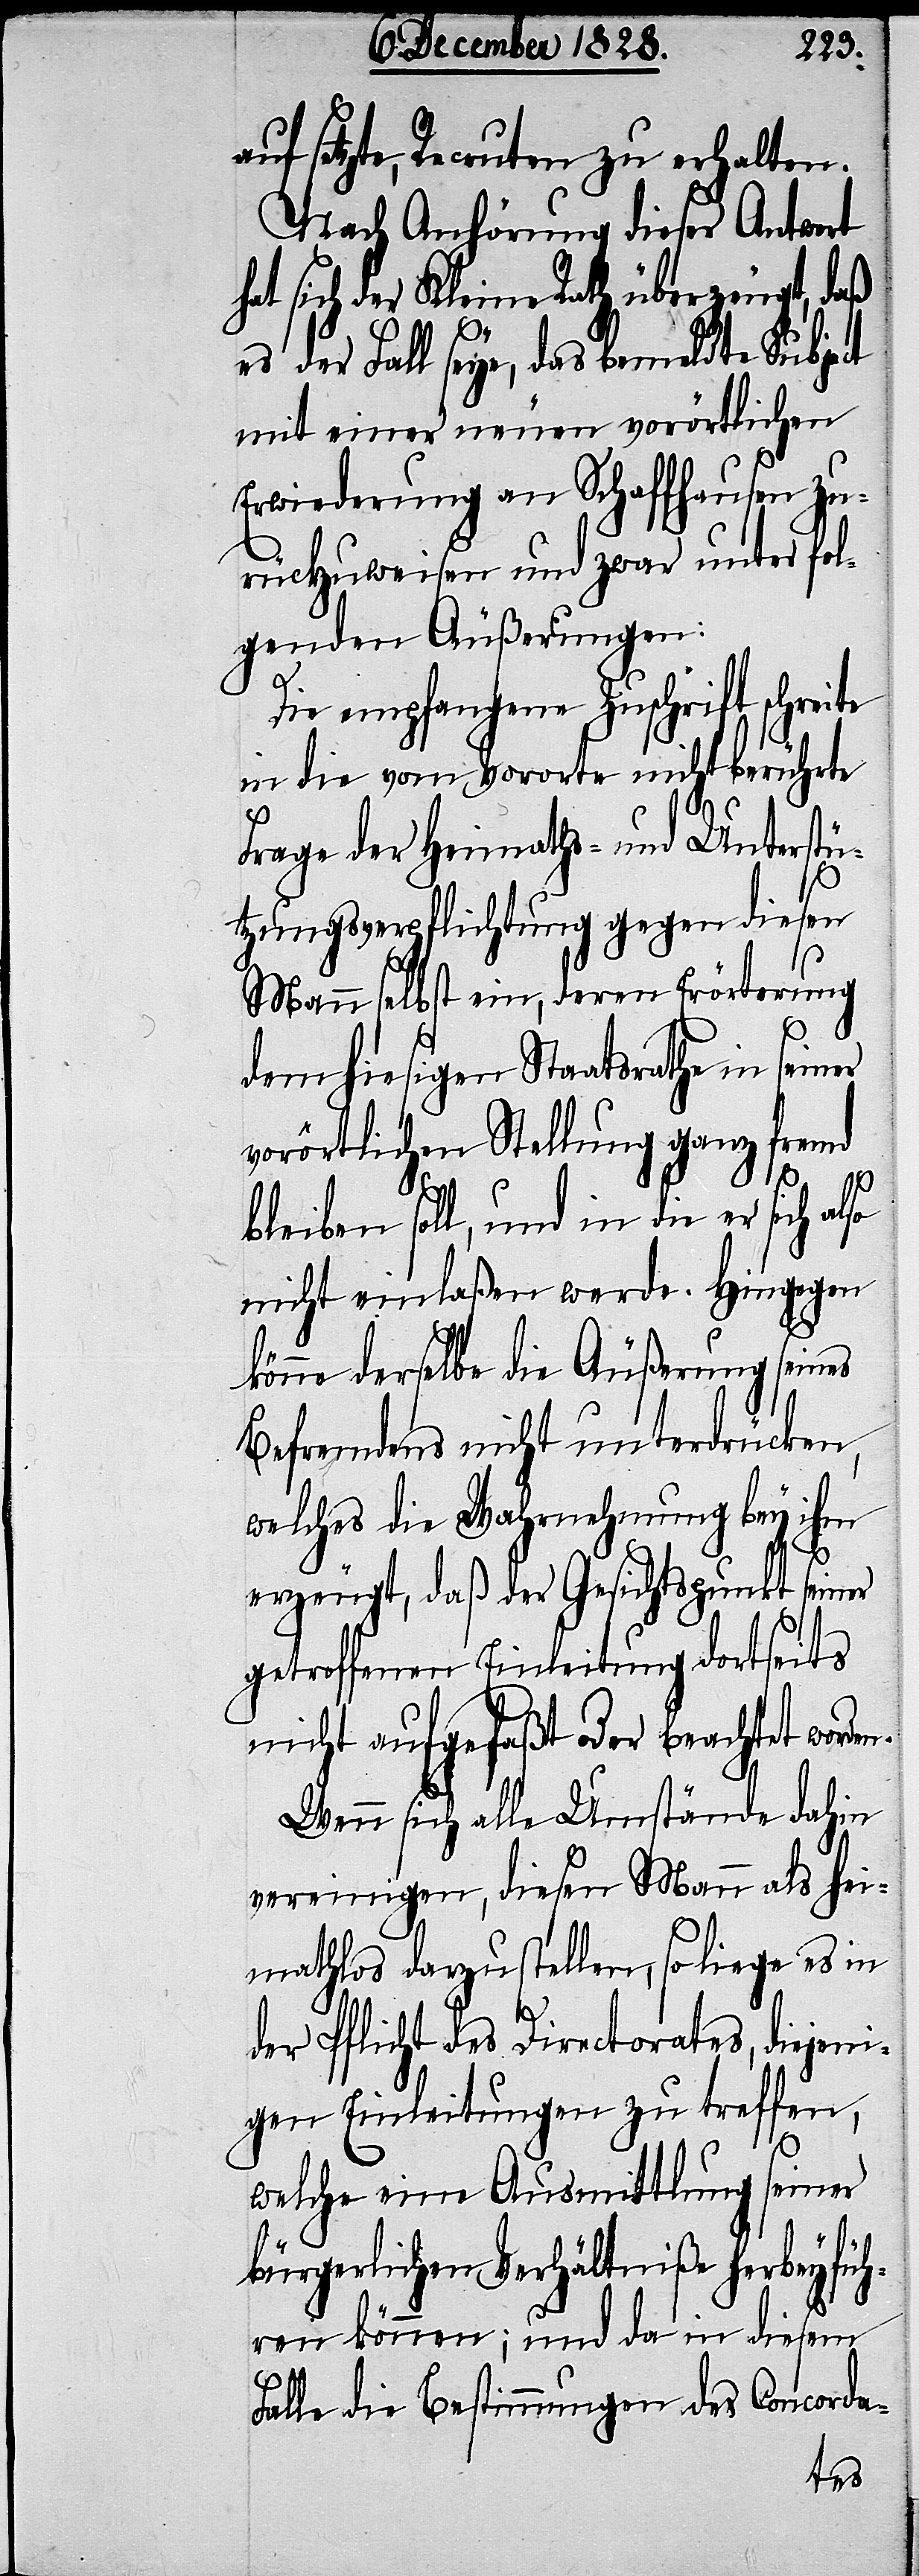
auf setzte, Recruten zu erhalten.
Nach Anhörung dieser Antwort
at sich der Kleine Rath überzeugt, daß
es der Fall seye, das bemeldte Subject
mit einer neuen vorörtlichen
Erwiederung an Schaffhausen zu¬
rückzuweisen und zwar unter fol¬
genden Äußerungen:
Die empfangene Zuschrift schreite
in die vom Vororte nicht berührte
Frage der Heimaths- und Unterstü¬
tzungsverpflichtung gegen diesen
n.
Mann selbst ein, deren Erörterung
dem hiesigen Staatsrathe in
vorörtlichen Stellung ganz fremd
bleiben soll, und in die er sich also
nicht einlaßen werde. Hingegen
könne derselbe die Äußerung seines
Befremdens nicht unterdrücken,
welches die Wahrnehmung bey ihm
erzeugt, daß der Gesichtspunkt seiner
getroffenen Einleitung dortseits
nicht aufgefaßt oder beachtet worde¬
Wenn sich alle Umstände dahin
vereinigen, diesen Mann als hei¬
mathlos dazustellen, so liege es in
der Pflicht des Directorates, diejeni¬
gen Einleitungen zu treffen,
welche eine Ausmittlung seiner
bürgerlichen Verhältniße herbeyfüh¬
ren können; und da in diesem
Falle die Bestimmungen des Concorda-